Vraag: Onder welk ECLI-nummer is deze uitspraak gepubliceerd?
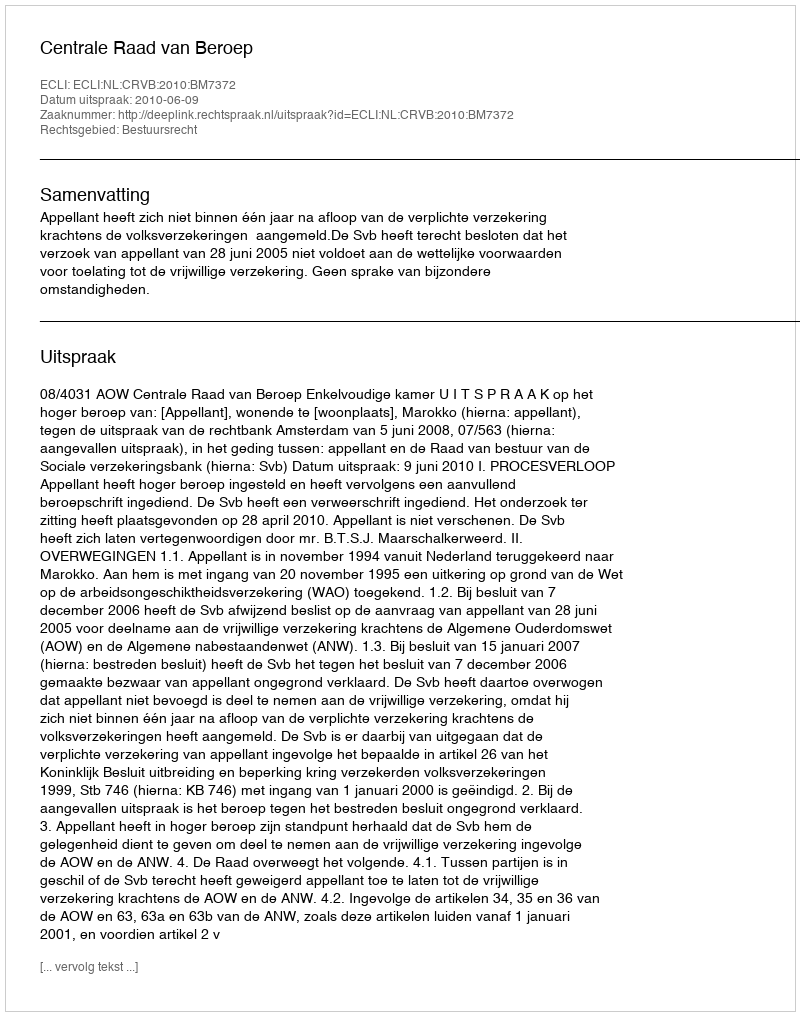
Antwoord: ECLI:NL:CRVB:2010:BM7372